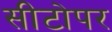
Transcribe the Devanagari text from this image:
सीटोपर